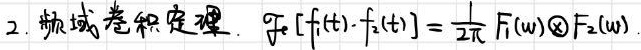
2. 频域卷积定理. $\mathcal{F}[f_1(t)\cdot f_2(t)] = \frac{1}{2\pi} F_1(\omega) \otimes F_2(\omega)$.